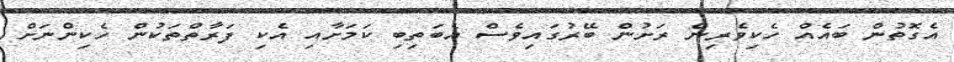
އެގޮތުން ބައެއް ހެކިވެރިން ރަށުން ބޭރުގައިވެސް އެބަތިބި ކަމަށާއި އެކި ފަރާތްތަކުން ހެކިންނަށް